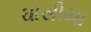
ઘાસીયા